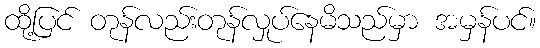
ထို့ပြင် တုန်လည်းတုန်လှုပ်နေမိသည်မှာ အမှန်ပင်။